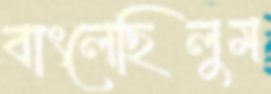
বাৎলেছিলুম